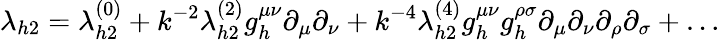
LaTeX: \lambda_{h2}=\lambda_{h2}^{(0)}+k^{-2}\lambda_{h2}^{(2)}g_{h}^{\mu\nu}\partial_{\mu}\partial_{\nu}+k^{-4}\lambda_{h2}^{(4)}g_{h}^{\mu\nu}g_{h}^{\rho\sigma}\partial_{\mu}\partial_{\nu}\partial_{\rho}\partial_{\sigma}+\ldots